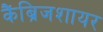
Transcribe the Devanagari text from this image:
कैंब्रिजशायर